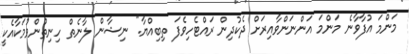
މަންމަ އުފާވާނެ މަންމަ އަންނަންވާއިރަށް ދެކުދިން ރައްޓެހިވެފަ ތިބިއްޔާ." ނިޝާން ލާނެތް ހިނިތުންވުމަކާއެކީ